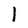
Character: 1